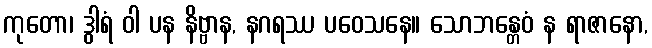
ကုတော၊ ဒွါရံ ဝါ ပန နိဗ္ဗာန, နဂရဿ ပဝေသနေ။ သောဘန္တေဝံ န ရာဇာနော,